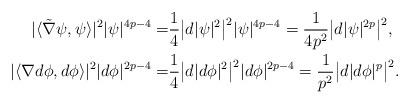
LaTeX: \begin{align*}|\langle\tilde{\nabla}\psi,\psi\rangle|^2|\psi|^{4p-4}=&\frac{1}{4}\big|d|\psi|^2\big|^2|\psi|^{4p-4}=\frac{1}{4p^2}\big|d|\psi|^{2p}\big|^2,\\|\langle\nabla d\phi,d\phi\rangle|^2|d\phi|^{2p-4}=&\frac{1}{4}\big|d|d\phi|^2\big|^2|d\phi|^{2p-4}=\frac{1}{p^2}\big|d|d\phi|^p\big|^2.\end{align*}